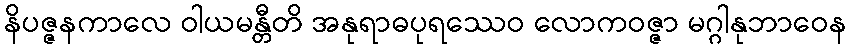
နိပဇ္ဇနကာလေ ဝါယမန္တီတိ အနုရာဓပုရဿေဝ လောကဝဇ္ဇာ မဂ္ဂါနုဘာဝေန